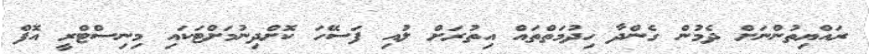
ރައްޔިތުންނަށް ދެމުން ގެންދާ ހިދުމަތްތައް އިތުރަށް ލުއި ފަސޭހަ ކޮށްދިނުމަށްޓަކައި މިނިސްޓްރީ އޮފް